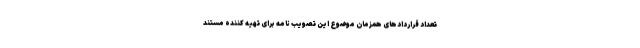
تعداد قراردادهای همزمان موضوع این تصویب نامه برای تهیه کننده مستند